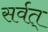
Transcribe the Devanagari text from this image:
सर्वत्